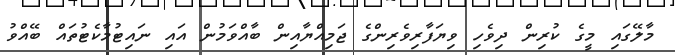
މާލޭގައި މީގެ ކުރިން ދިވެހި ވިޔަފާރިވެރިންގެ ޖަމިއްޔާއިން ބާއްވަމުން އައި ނައިޓުމާކެޓުތައް ބޭއްވު